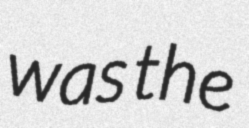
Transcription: was the